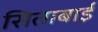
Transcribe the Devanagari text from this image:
सिताबाई